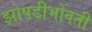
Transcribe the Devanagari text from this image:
झोपडीभोवती